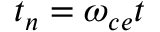
t _ { n } = \omega _ { c e } t